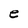
Character: e